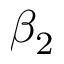
\beta _ { 2 }